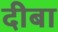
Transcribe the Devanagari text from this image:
दीबा